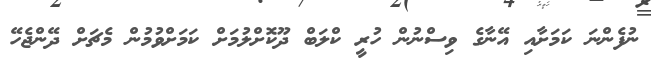
ނުފެންނަ ކަމަށާއި އޭނާގެ ވިސްނުން ހުރީ ކްލަބް ދޫކޮށްލުމަށް ކަމަށްވުމުން މެޗަށް ދޭންޖެހޭ